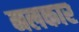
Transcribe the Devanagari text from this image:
नलकार